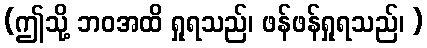
(ဤသို့ ဘဝအထိ ရှုရသည်၊ ဖန်ဖန်ရှုရသည်၊ )